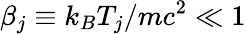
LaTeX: \beta_{j}\equiv k_{B}T_{j}/mc^{2}\ll 1